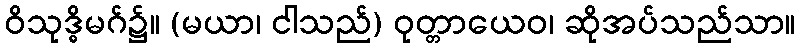
ဝိသုဒ္ဓိမဂ်၌။ (မယာ၊ ငါသည်) ဝုတ္တာယေဝ၊ ဆိုအပ်သည်သာ။